Vaike-Kullamaa_(Vaikna)_vallavalitsus, lk 37
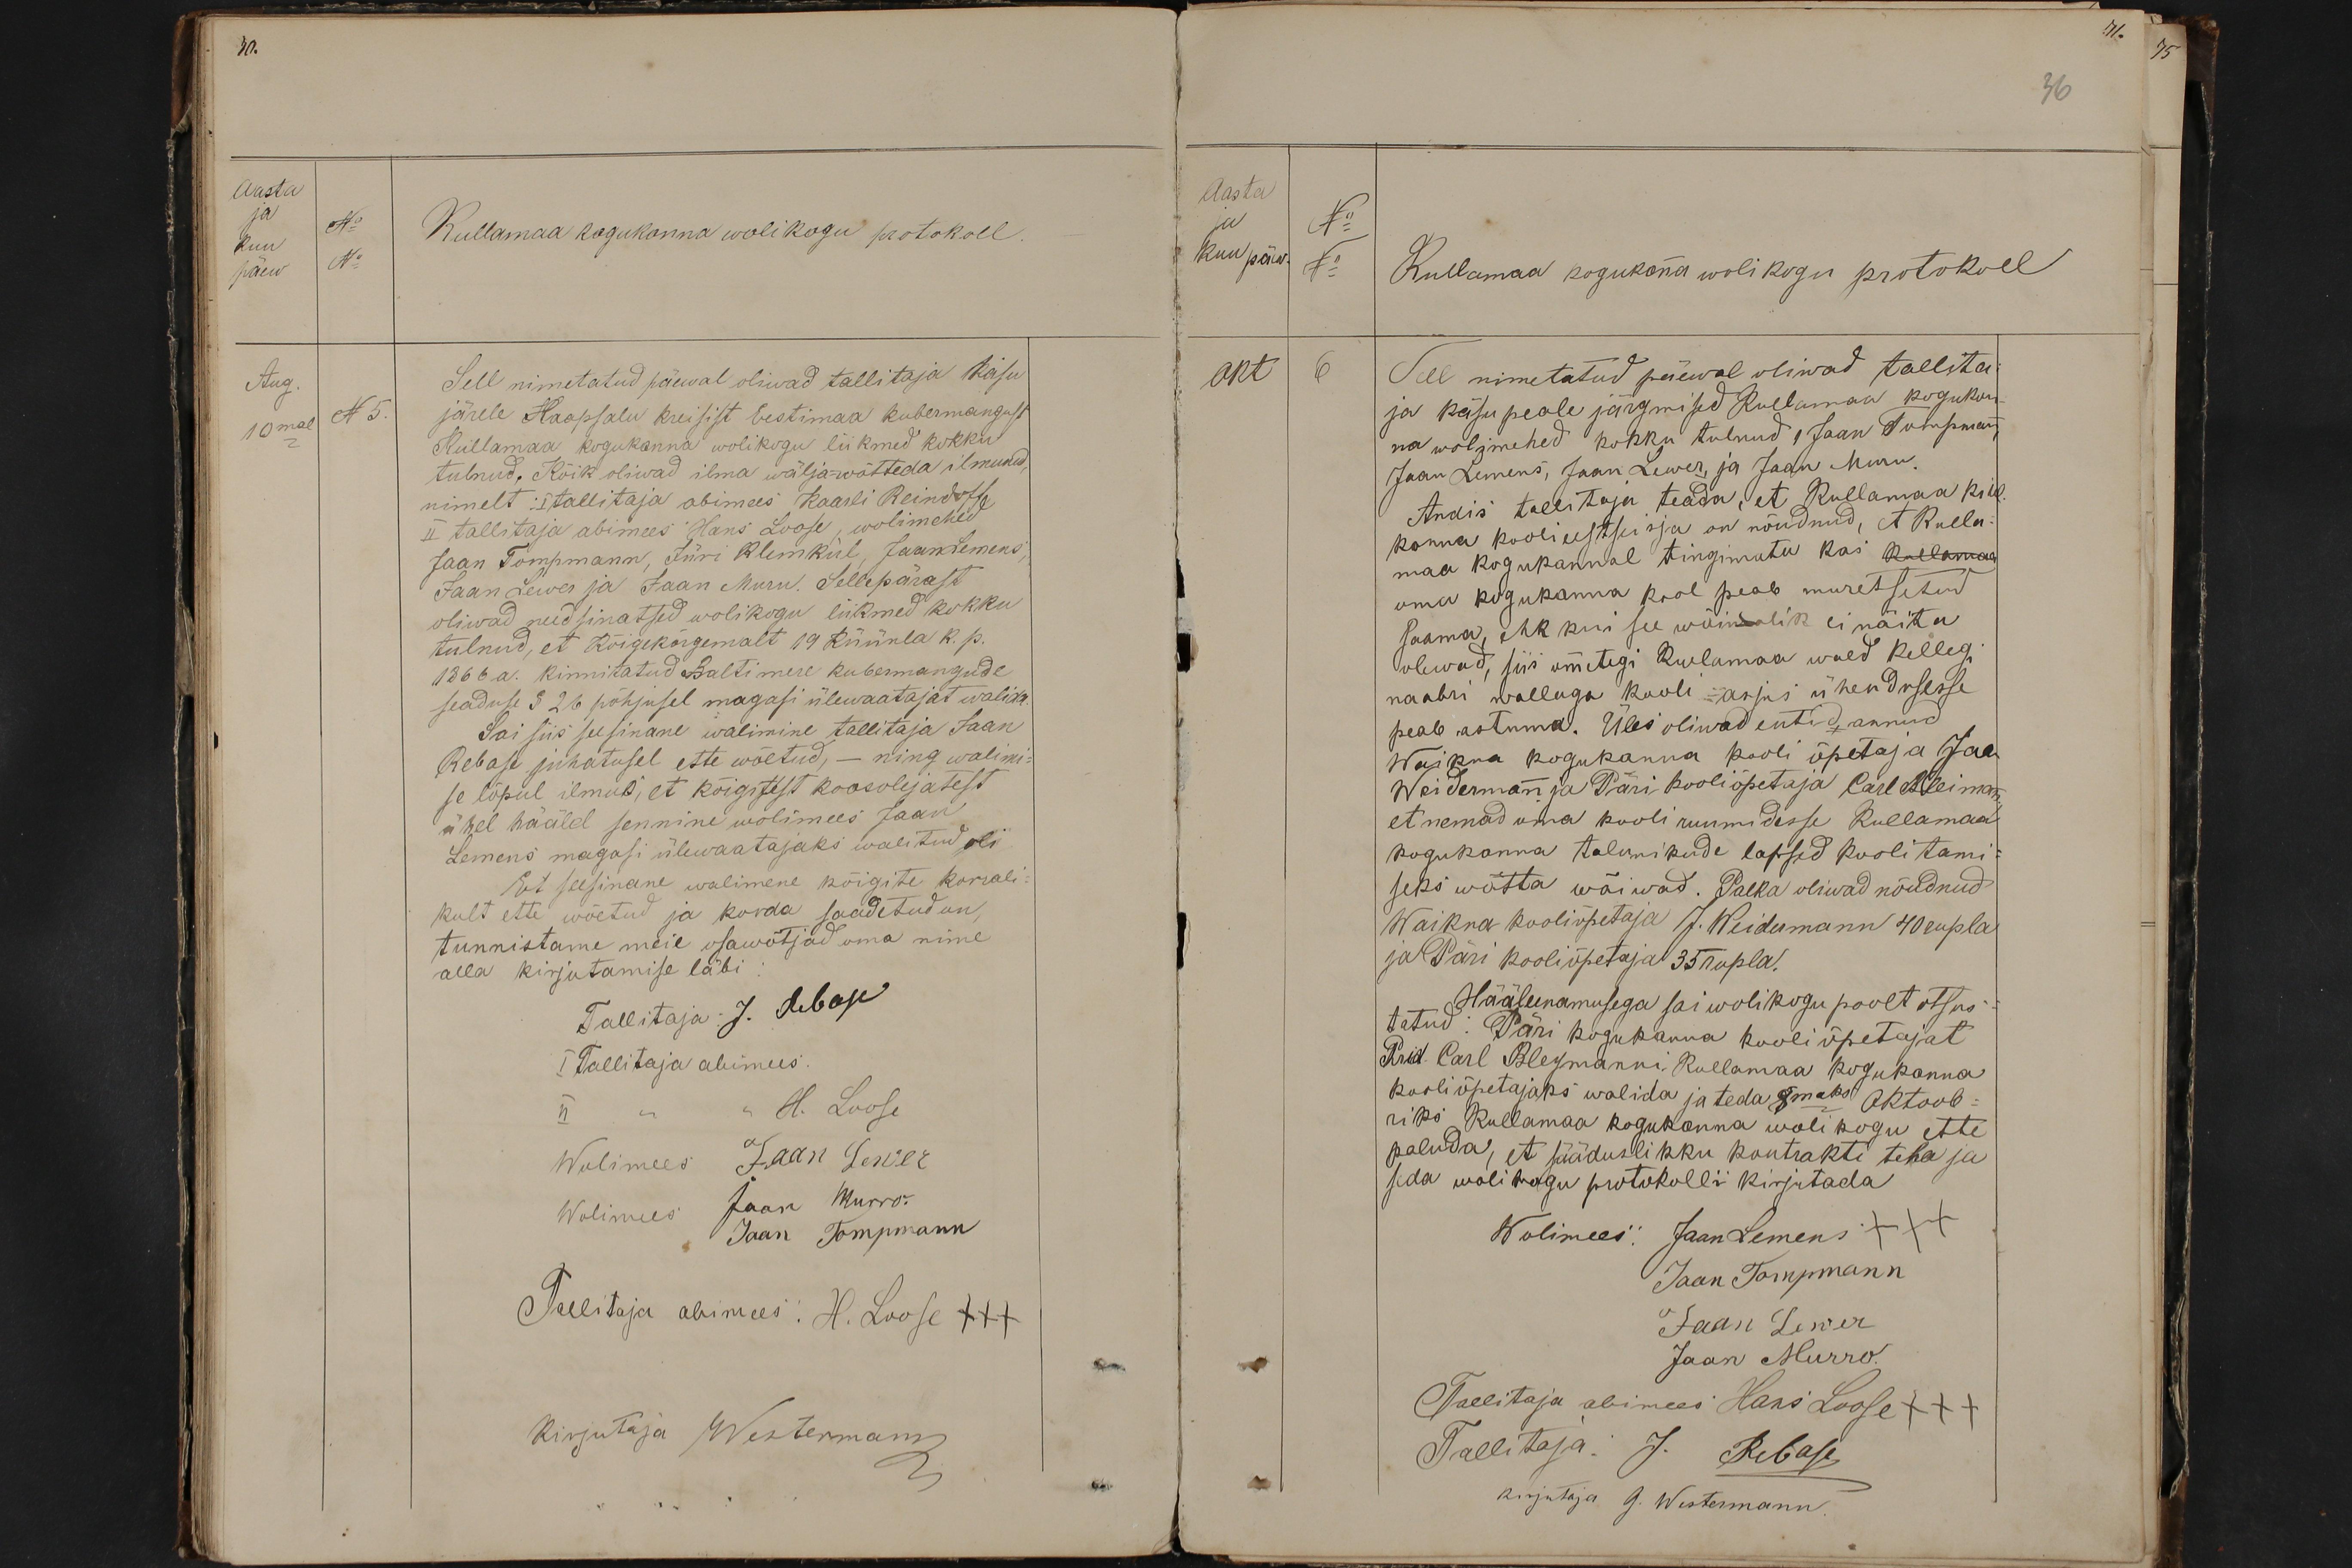
70.
Aasta
ja
Kuu
No
Kullamaa kogukonna wolikogu protokoll
päew
No
Aug.
Sell nimetatud päewal oliwad tallitaja käsu
10mal N5.
järele Haapsalu kreisist Eestimaa kubermangust
Kullamaa kogukonna wolikogu liikmed kokku
tulnud. Kõik oliwad ilma wälja-wõtteda ilmunud,
nimelt: 1 tallitaja abimees Kaarti Reindoff
II Tallitaja abimees Hans Loose, wolimehed
Jaan Tompmann, Jüri Klemkül, Jaan Lemens
Jaan Lewes ja Jaan Muru. Sellepärast
oliwad need sinatsed wolikogu liikmed kokku
tulnud, et kõigekõrgemalt 19 Küünla k. p.
1866 a. kinnitatud Balti mere kubermangude
seaduse § 26 põhjusel magasi ülewaatajat walida.
Sai siis seesinane walimine tallitaja Jaan
Rebase juhatusel ette wõetud, - ning walimi-
se lõpul ilmus, et kõigitest koosolejatest
ühel häälel sennine wolimees Jaan
Lemens magasi ülewaatajaks walitud oli
Et seesinane walimene kõigite korrali-
kult ette wõetud ja korda saadetud on
tunnistame meie osawõtjad oma nime
alla kirjutamise läbi
Tallitaja: J. Rebase
I Tallitaja abimees
H. Loose
Wolimees Jaan Lewer
Wolimes Jaan Murro.
Jaan Tompmann
Tallitaja abimees: H. Loose +++
Kirjutaja Westermann

36
Aasta
No
ja
Kuu päew
No
Kullamaa kogukonna wolikogu protokoll
okt
6
Sell nimetatud päewal oliwad tallita
ja käsu peale järgmised Kullamaa kogukon-
na wolimehed kokku tulnud 1 Jaan Tompmann
Jaan Lemens, Jaan Lewer, ja Jaan Muru
Andis tallitaja teada, et Kullamaa kihel-
konna koolieestseisja on nõudnud, et Kulla-
maa kogukonnal tingimata kas kullamaa
oma kogukonna kool peab muretsetud
saama, ehk kui see wõimalik ei näita
olewad, siis ometegi Kulamaa waed kellegi
naabri wallaga kooli asjas ühendusesse
peab astuma. Üles oliwad entid annud
Waikna kogukanna kooli õpetaja Jaan
Weidermann ja Päri kooliõpetaja Carl Bleiman
et nemad oma kooli ruumidesse Kullamaa
kogukonna talunikude lapsid koolitami-
seks wõtta wõiwad. Palka oliwad nõudnud
Waikna kooliõpetaja J. Weidermann 40 rubla
ja Päri kooliõpetaja 35 rubla.
Hääleenamusega sai wolikogu poolt otsus-
tatud: Päri kogupanna kooli õpetajat
Prid. Carl Bleymanni Kullamaa kogukonna
kooli õpetajaks walida ja teda 8maks Oktoob-
riks Kullamaa kogukonna wolikogu ette
paluda, et sääduslikku kontrakti teha ja
seda wolikogu protokolli kirjutada
Wolimees: Jaan Lemens XXX
Jaan Tompmann
Jaan Lewer
Jaan Murro
Tallitaja abimees Hans Loose +++
Tallitaja: J. Rebase
kirjutaja G. Westermann